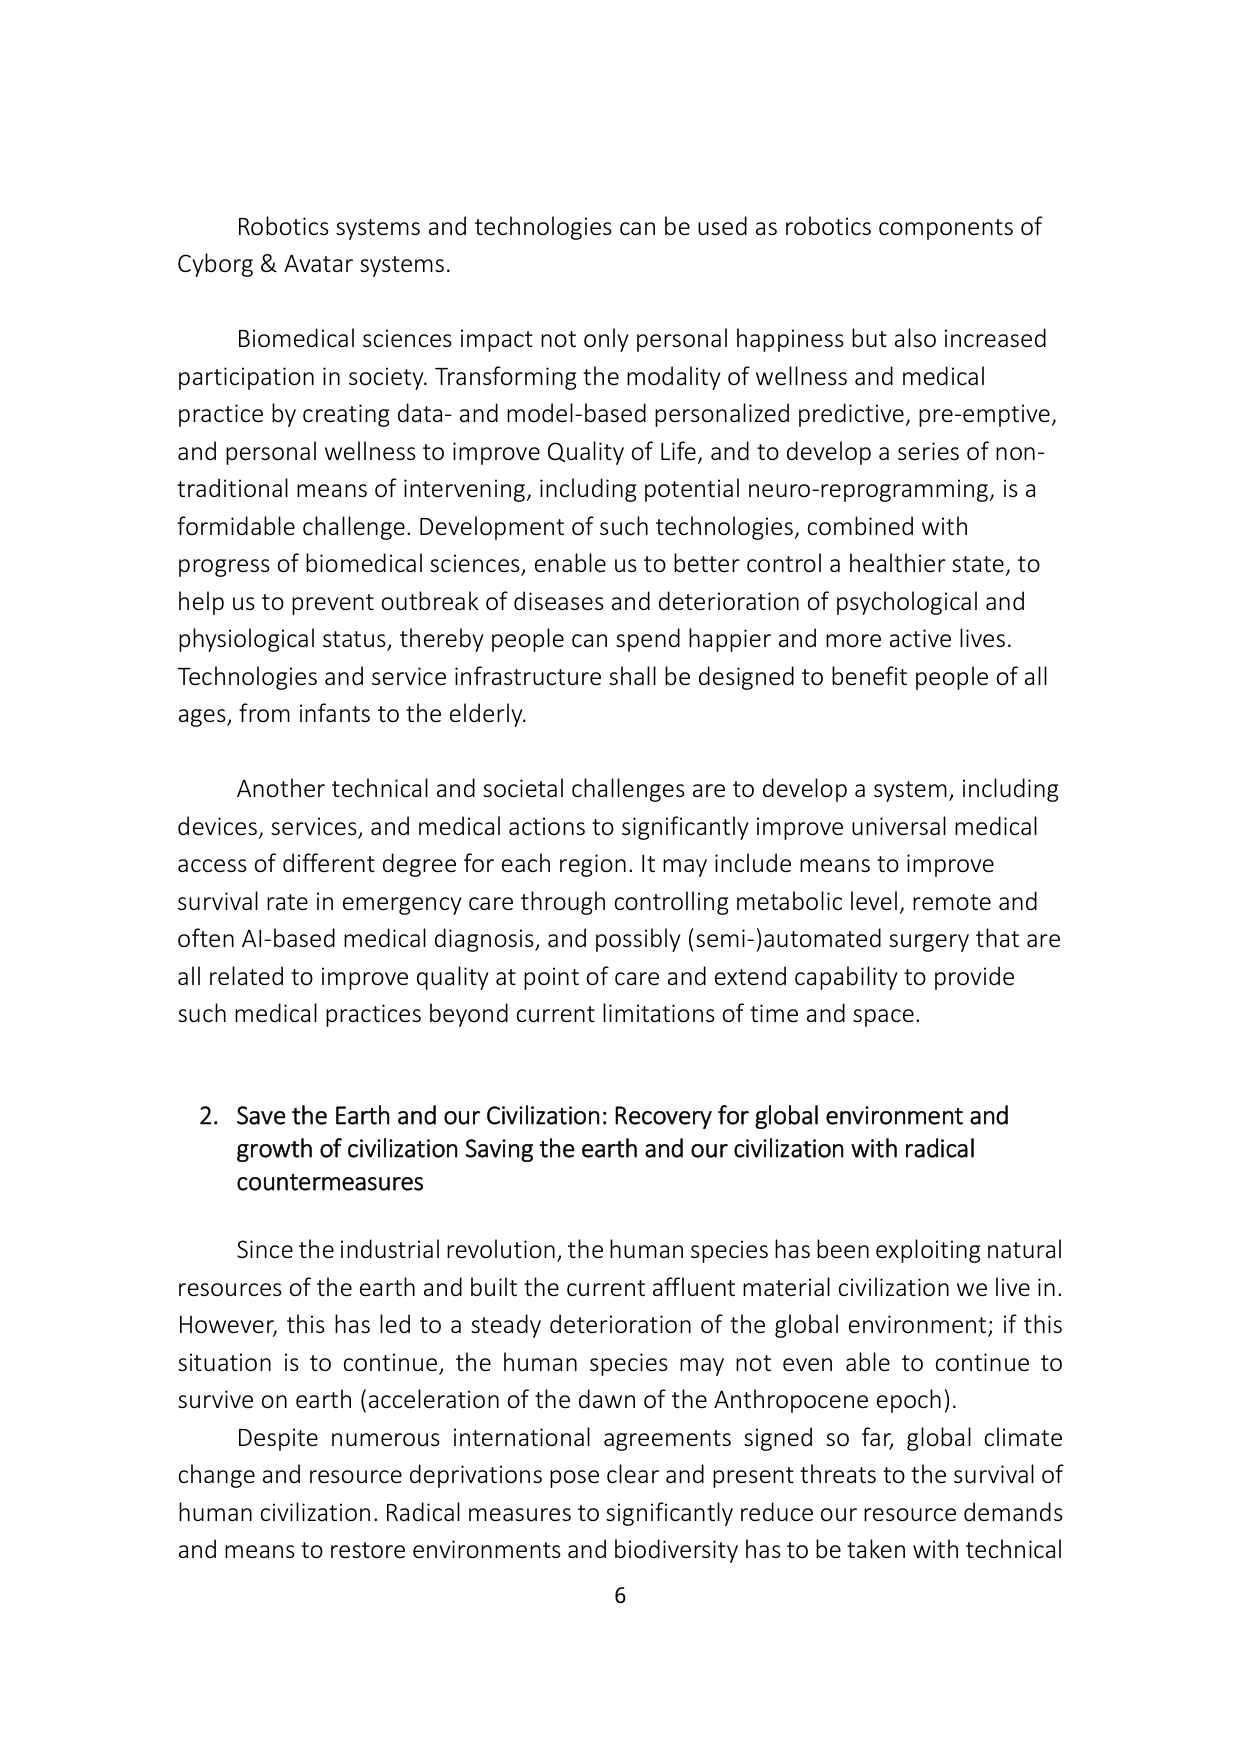
Robotics systems and technologies can be used as robotics components of Cyborg & Avatar systems.

Biomedical sciences impact not only personal happiness but also increased participation in society. Transforming the modality of wellness and medical practice by creating data- and model-based personalized predictive, pre-emptive, and personal wellness to improve Quality of Life, and to develop a series of non-traditional means of intervening, including potential neuro-reprogramming, is a formidable challenge. Development of such technologies, combined with progress of biomedical sciences, enable us to better control a healthier state, to help us to prevent outbreak of diseases and deterioration of psychological and physiological status, thereby people can spend happier and more active lives. Technologies and service infrastructure shall be designed to benefit people of all ages, from infants to the elderly.

Another technical and societal challenges are to develop a system, including devices, services, and medical actions to significantly improve universal medical access of different degree for each region. It may include means to improve survival rate in emergency care through controlling metabolic level, remote and often AI-based medical diagnosis, and possibly (semi-)automated surgery that are all related to improve quality at point of care and extend capability to provide such medical practices beyond current limitations of time and space.

2. Save the Earth and our Civilization: Recovery for global environment and growth of civilization Saving the earth and our civilization with radical countermeasures

Since the industrial revolution, the human species has been exploiting natural resources of the earth and built the current affluent material civilization we live in. However, this has led to a steady deterioration of the global environment; if this situation is to continue, the human species may not even able to continue to survive on earth (acceleration of the dawn of the Anthropocene epoch).

Despite numerous international agreements signed so far, global climate change and resource deprivations pose clear and present threats to the survival of human civilization. Radical measures to significantly reduce our resource demands and means to restore environments and biodiversity has to be taken with technical

6